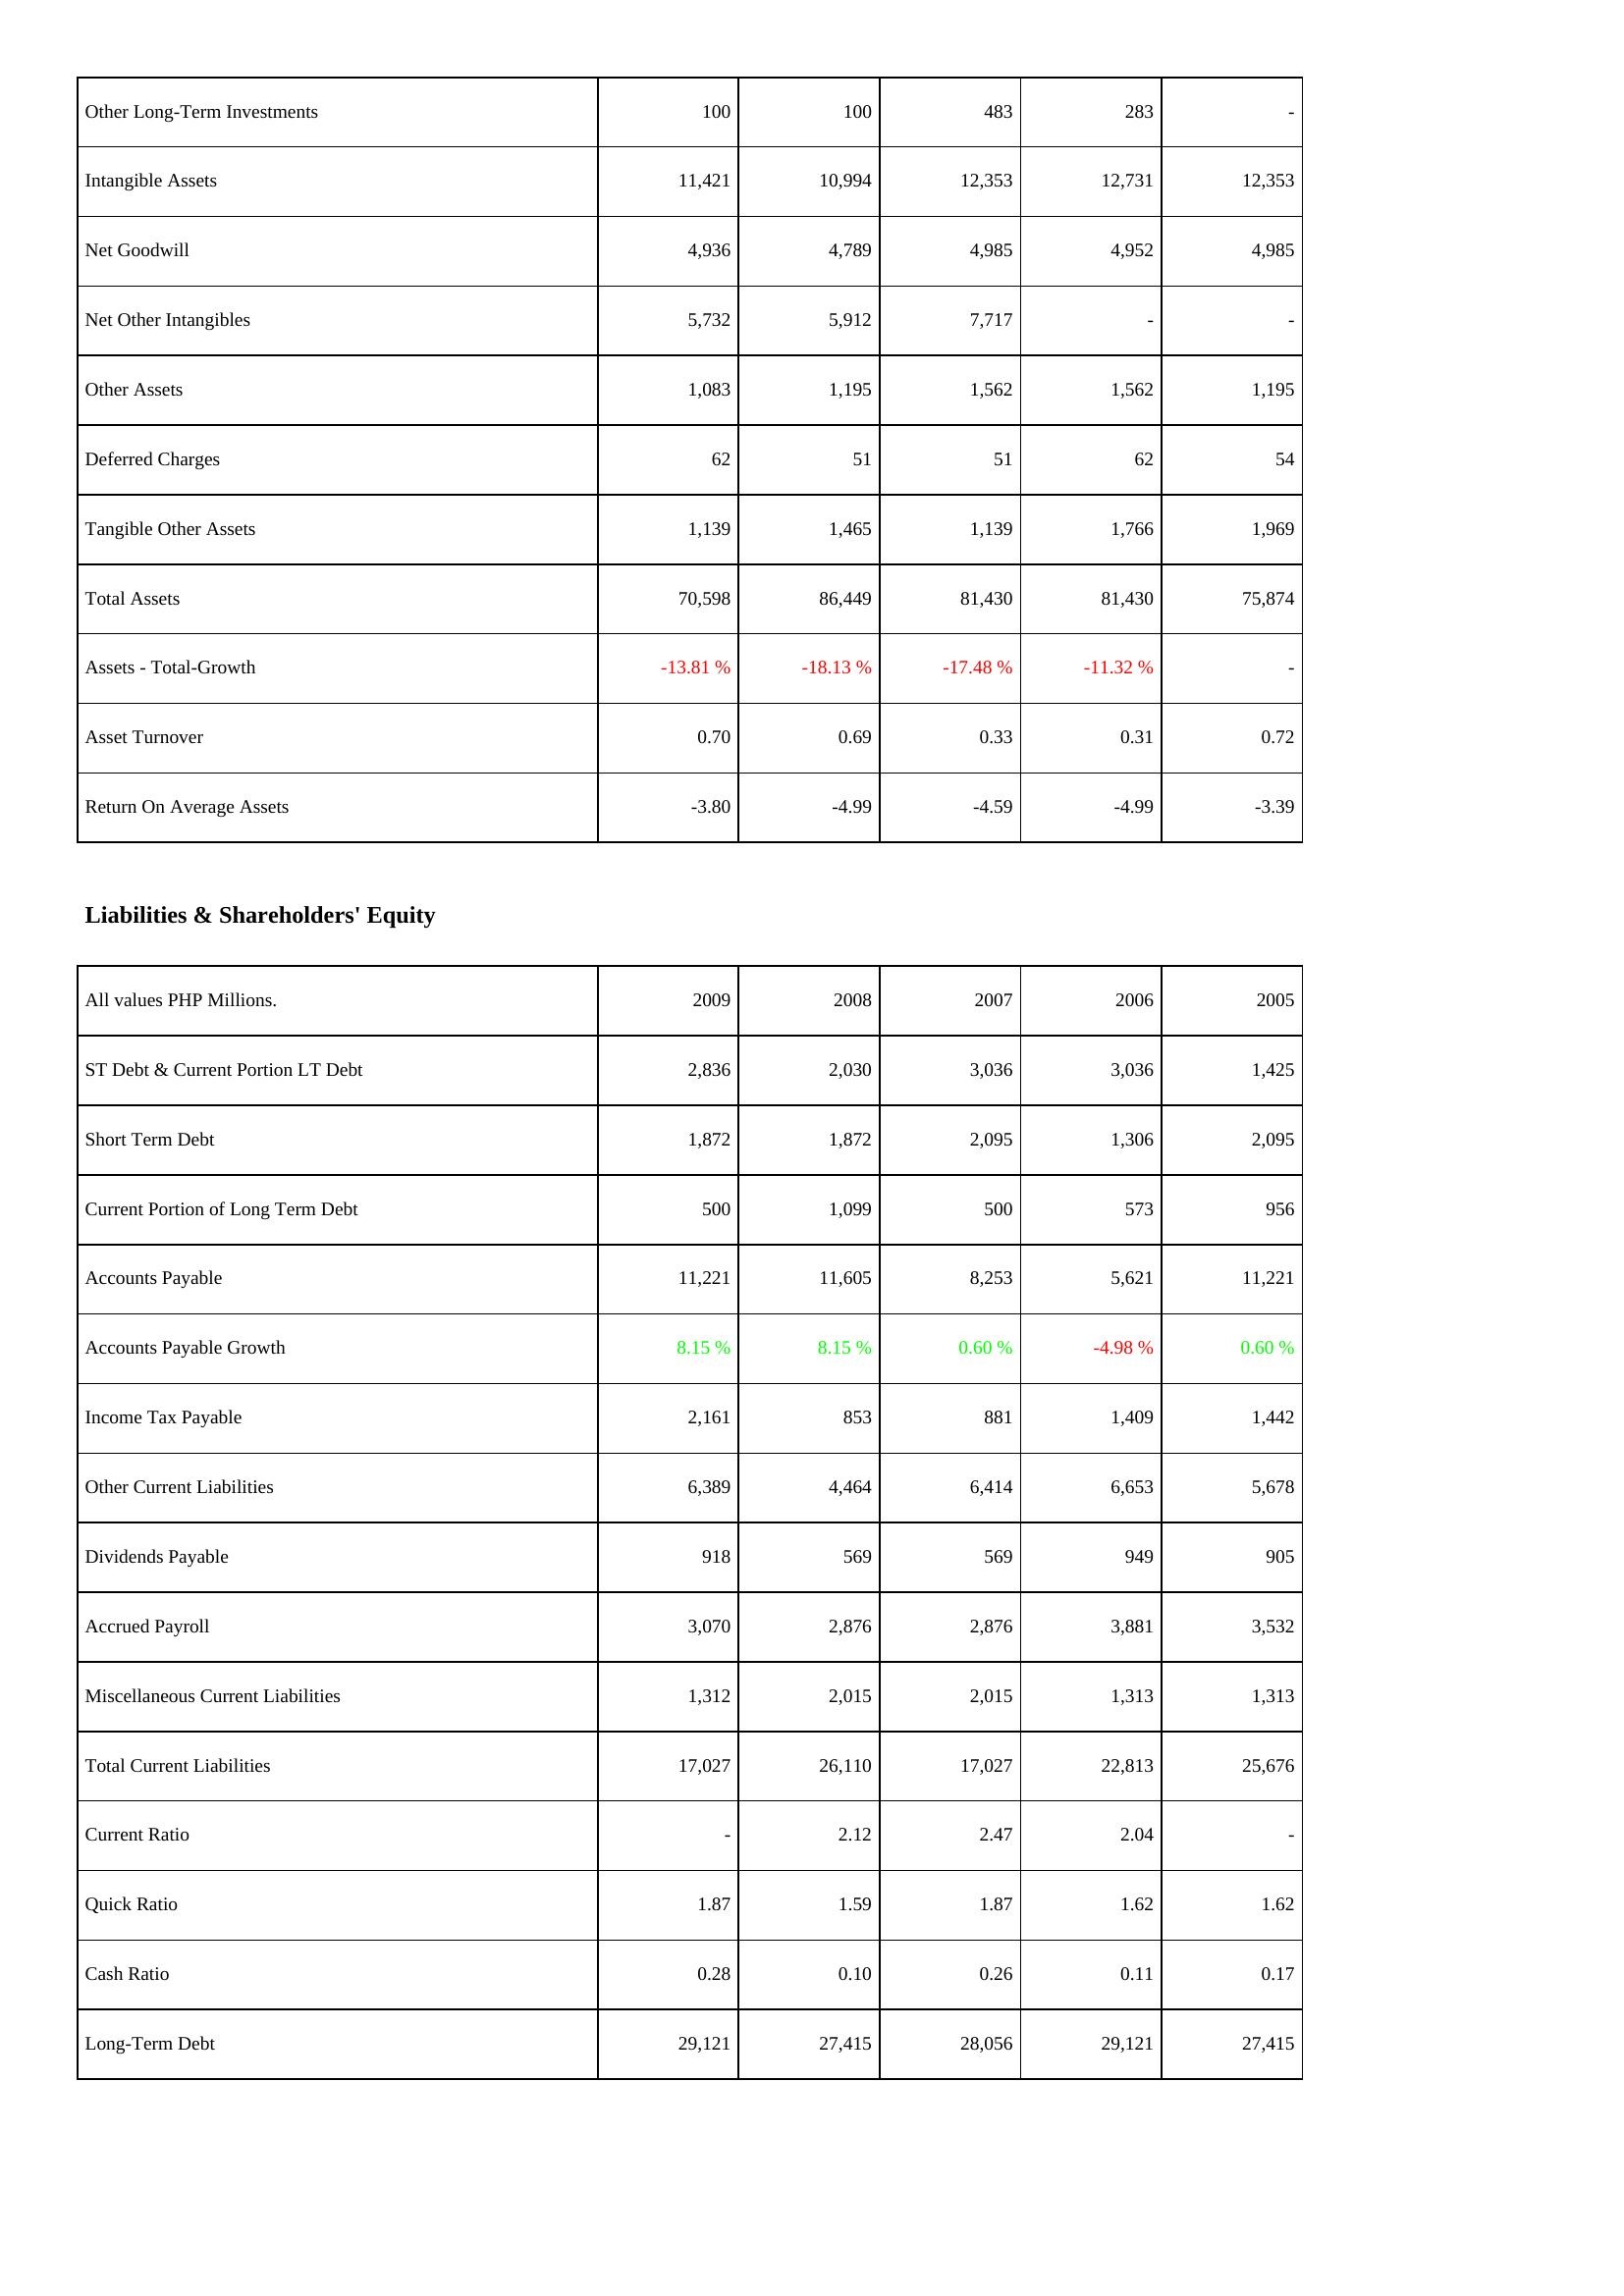
2009: Assets: Other Long-Term Investments: 100
Intangible Assets: 11,421
Net Goodwill: 4,936
Net Other Intangibles: 5,732
Other Assets: 1,083
Deferred Charges: 62
Tangible Other Assets: 1,139
Total Assets: 70,598
Assets - Total-Growth: -13.81 %
Asset Turnover: 0.70
Return On Average Assets: -3.80
Liabilities & Shareholders' Equity: ST Debt & Current Portion LT Debt: 2,836
Short Term Debt: 1,872
Current Portion of Long Term Debt: 500
Accounts Payable: 11,221
Accounts Payable Growth: 8.15 %
Income Tax Payable: 2,161
Other Current Liabilities: 6,389
Dividends Payable: 918
Accrued Payroll: 3,070
Miscellaneous Current Liabilities: 1,312
Total Current Liabilities: 17,027
Current Ratio: -
Quick Ratio: 1.87
Cash Ratio: 0.28
Long-Term Debt: 29,121
2008: Assets: Other Long-Term Investments: 100
Intangible Assets: 10,994
Net Goodwill: 4,789
Net Other Intangibles: 5,912
Other Assets: 1,195
Deferred Charges: 51
Tangible Other Assets: 1,465
Total Assets: 86,449
Assets - Total-Growth: -18.13 %
Asset Turnover: 0.69
Return On Average Assets: -4.99
Liabilities & Shareholders' Equity: ST Debt & Current Portion LT Debt: 2,030
Short Term Debt: 1,872
Current Portion of Long Term Debt: 1,099
Accounts Payable: 11,605
Accounts Payable Growth: 8.15 %
Income Tax Payable: 853
Other Current Liabilities: 4,464
Dividends Payable: 569
Accrued Payroll: 2,876
Miscellaneous Current Liabilities: 2,015
Total Current Liabilities: 26,110
Current Ratio: 2.12
Quick Ratio: 1.59
Cash Ratio: 0.10
Long-Term Debt: 27,415
2007: Assets: Other Long-Term Investments: 483
Intangible Assets: 12,353
Net Goodwill: 4,985
Net Other Intangibles: 7,717
Other Assets: 1,562
Deferred Charges: 51
Tangible Other Assets: 1,139
Total Assets: 81,430
Assets - Total-Growth: -17.48 %
Asset Turnover: 0.33
Return On Average Assets: -4.59
Liabilities & Shareholders' Equity: ST Debt & Current Portion LT Debt: 3,036
Short Term Debt: 2,095
Current Portion of Long Term Debt: 500
Accounts Payable: 8,253
Accounts Payable Growth: 0.60 %
Income Tax Payable: 881
Other Current Liabilities: 6,414
Dividends Payable: 569
Accrued Payroll: 2,876
Miscellaneous Current Liabilities: 2,015
Total Current Liabilities: 17,027
Current Ratio: 2.47
Quick Ratio: 1.87
Cash Ratio: 0.26
Long-Term Debt: 28,056
2006: Assets: Other Long-Term Investments: 283
Intangible Assets: 12,731
Net Goodwill: 4,952
Net Other Intangibles: -
Other Assets: 1,562
Deferred Charges: 62
Tangible Other Assets: 1,766
Total Assets: 81,430
Assets - Total-Growth: -11.32 %
Asset Turnover: 0.31
Return On Average Assets: -4.99
Liabilities & Shareholders' Equity: ST Debt & Current Portion LT Debt: 3,036
Short Term Debt: 1,306
Current Portion of Long Term Debt: 573
Accounts Payable: 5,621
Accounts Payable Growth: -4.98 %
Income Tax Payable: 1,409
Other Current Liabilities: 6,653
Dividends Payable: 949
Accrued Payroll: 3,881
Miscellaneous Current Liabilities: 1,313
Total Current Liabilities: 22,813
Current Ratio: 2.04
Quick Ratio: 1.62
Cash Ratio: 0.11
Long-Term Debt: 29,121
2005: Assets: Other Long-Term Investments: -
Intangible Assets: 12,353
Net Goodwill: 4,985
Net Other Intangibles: -
Other Assets: 1,195
Deferred Charges: 54
Tangible Other Assets: 1,969
Total Assets: 75,874
Assets - Total-Growth: -
Asset Turnover: 0.72
Return On Average Assets: -3.39
Liabilities & Shareholders' Equity: ST Debt & Current Portion LT Debt: 1,425
Short Term Debt: 2,095
Current Portion of Long Term Debt: 956
Accounts Payable: 11,221
Accounts Payable Growth: 0.60 %
Income Tax Payable: 1,442
Other Current Liabilities: 5,678
Dividends Payable: 905
Accrued Payroll: 3,532
Miscellaneous Current Liabilities: 1,313
Total Current Liabilities: 25,676
Current Ratio: -
Quick Ratio: 1.62
Cash Ratio: 0.17
Long-Term Debt: 27,415